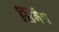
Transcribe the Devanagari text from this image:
सिमैप